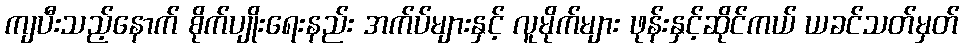
ကျပီးသည့်နောက် စိုက်ပျိုးရေးနည်း အက်ပ်များနှင့် လူမိုက်များ ဖုန်းနှင့်ဆိုင်ကယ် ယခင်သတ်မှတ်